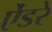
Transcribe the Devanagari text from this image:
ऐंडरे